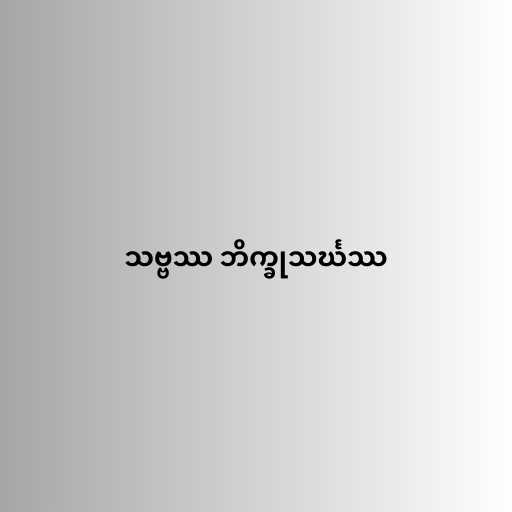
သဗ္ဗဿ ဘိက္ခုသင်္ဃဿ